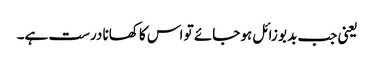
یعنی جب بدبو زائل ہو جائے تو اس کا کھانا درست ہے۔